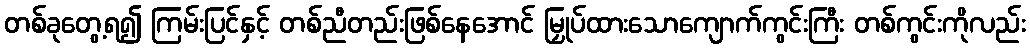
တစ်ခုတွေ့ရ၍ ကြမ်းပြင်နှင့် တစ်ညီတည်းဖြစ်နေအောင် မြှုပ်ထားသောကျောက်ကွင်းကြီး တစ်ကွင်းကိုလည်း